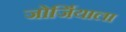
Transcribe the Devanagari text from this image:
जोर्जियाला